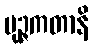
ပုဉ္ဇကတာနိ